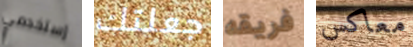
إستخدمي جعلتك فريقه معاكس